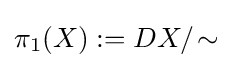
\pi _{1}(X):=DX/\!\sim